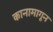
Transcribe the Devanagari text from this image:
कानामागून